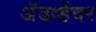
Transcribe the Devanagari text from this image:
अॅडव्हेंचर